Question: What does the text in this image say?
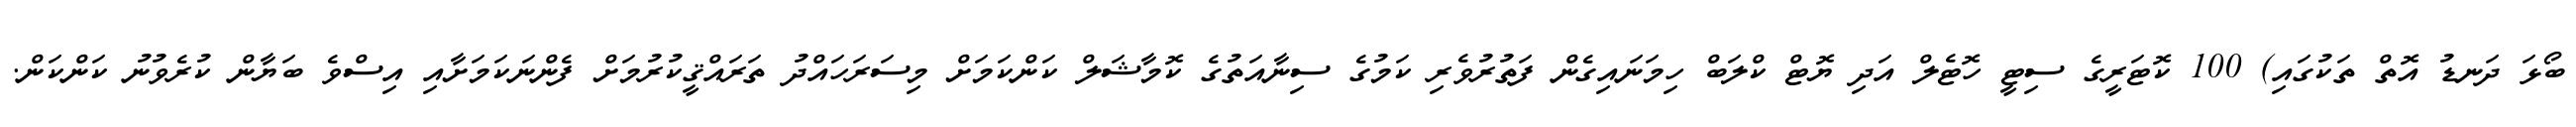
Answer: ބޯޅަ ދަނޑު އޮތް ތަކުގައި) 100 ކޮޓަރީގެ ސިޓީ ހޮޓެލް އަދި ޔޮޓް ކްލަބް ހިމަނައިގެން ފަތުރުވެރި ކަމުގެ ސިނާއަތުގެ ކޮމާޝަލް ކަންކަމަށް މިސަރަހައްދު ތަރައްޤީކުރުމަށް ފެންނަކަމަށާއި އިސްވެ ބަޔާން ކުރެވުނު ކަންކަން.